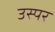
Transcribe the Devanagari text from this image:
उस्पर